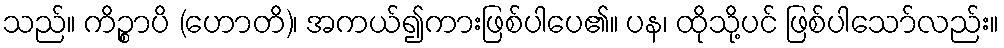
သည်။ ကိဉ္စာပိ (ဟောတိ)၊ အကယ်၍ကားဖြစ်ပါပေ၏။ ပန၊ ထိုသို့ပင် ဖြစ်ပါသော်လည်း။